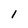
Character: 1